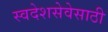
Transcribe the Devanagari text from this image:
स्वदेशसेवेसाठी